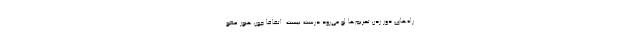
راه‌های دور زدن تحریم‌ها لو می‌رود درست نیست. اتفاقا چون هنوز عضو